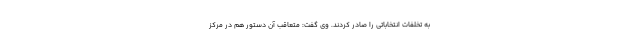
به تخلفات انتخاباتی را صادر کردند. وی گفت: متعاقب آن دستور هم در مرکز